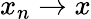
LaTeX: x_{n}\to x